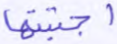
اجتبيتها